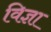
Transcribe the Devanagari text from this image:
विज्ञा